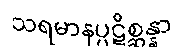
သရမာနပ္ပဋိစ္ဆန္နာ